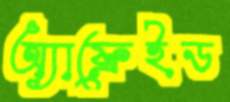
অ্যাফ্রেইড